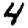
Digit: 4